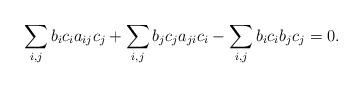
LaTeX: \begin{align*}\sum_{i,j}b_{i}c_{i}a_{ij}c_{j}+\sum_{i,j}b_{j}c_{j}a_{ji}c_{i}-\sum_{i,j}b_{i}c_{i}b_{j}c_{j}=0.\end{align*}